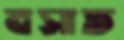
বসাত